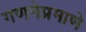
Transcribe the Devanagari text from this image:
गणनेप्रमाणे